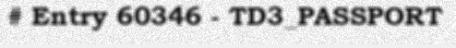
# Entry 60346 - TD3_PASSPORT